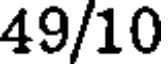
49/10